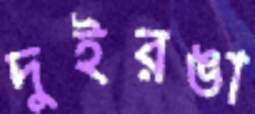
দুইরঙা